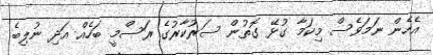
އެހެން ނަމަވެސް މިކަމާ ގުޅޭ ގޮތުން ސަރުކާރުގެ ރަސްމީ ބަހެއް އަދި ނުލިބެ